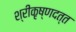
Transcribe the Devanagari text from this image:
श्रीकृष्णदत्त